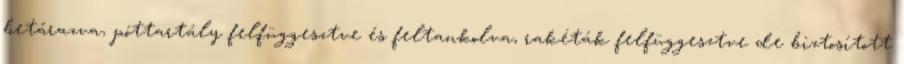
betárazva, póttartály felfüggesztve és feltankolva, rakéták felfüggesztve de biztosított